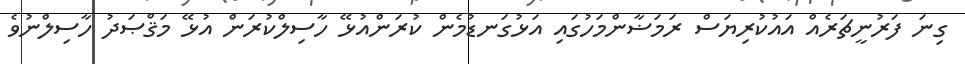
ގިނަ ފަރުނީޗަރެއް އައުކުރިޔަސް ރަމަޟާންމަހުގައި އަޅުގަނޑުމެން ކުރަންއުޅޭ ހާސިލްކުރަން އުޅޭ މަޤްޞަދު ހާސިލްނުވެ